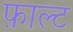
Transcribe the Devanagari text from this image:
फ़ाल्ट